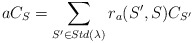
\begin{align*}aC_S=\sum_{S'\in Std(\lambda)}r_a(S',S)C_{S'}\end{align*}